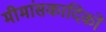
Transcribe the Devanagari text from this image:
मीमांसकादिकों